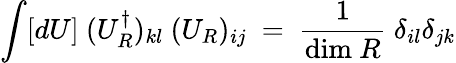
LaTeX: \int[dU]~(U_{R}^{\dagger})_{kl}~(U_{R})_{ij}~=~\frac{1}{\mathrm{dim}~R}~\delta_{il}\delta_{jk}